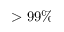
> 9 9 \%